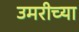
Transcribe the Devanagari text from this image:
उमरीच्या